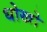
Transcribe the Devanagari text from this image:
धोखो